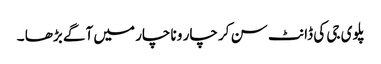
پلوی جی کی ڈانٹ سن کر چار و ناچار میں آگے بڑھا ۔